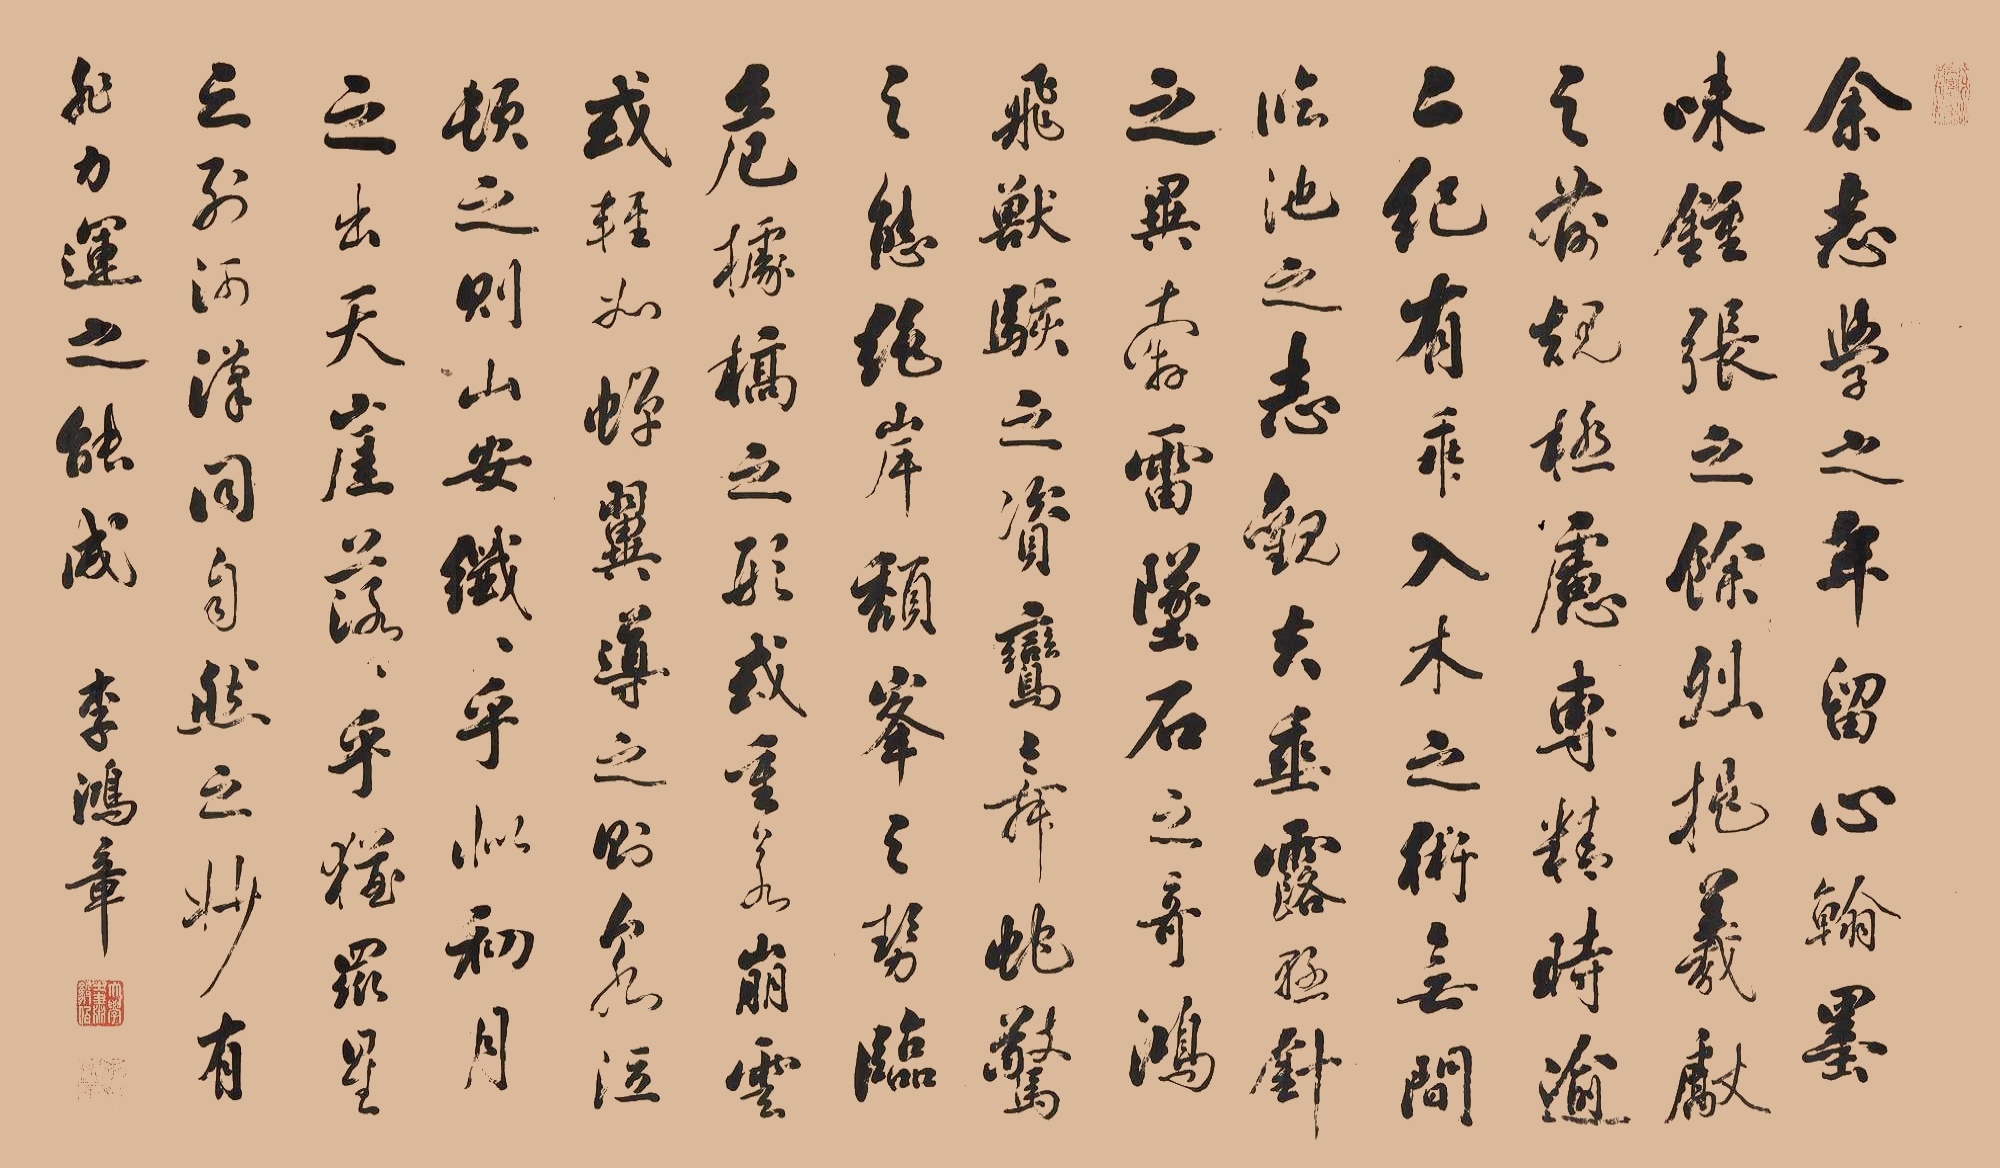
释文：余志学之年，留心翰墨，昧钟张之馀烈，挹羲献之前规，极虑专精，时逾二纪。有乖入木之术，无间临池之志。观夫悬针垂露之异，奔雷坠石之奇，鸿飞兽骇之资，鸾舞蛇惊之态，绝岸颓峰之势，临危据槁之形；或重若崩云，或轻如蝉翼；导之则泉注，顿之则山安；纤纤乎似初月之出天崖，落落乎犹众星之列河汉；同自然之妙，有非力运之能成。李鸿章。